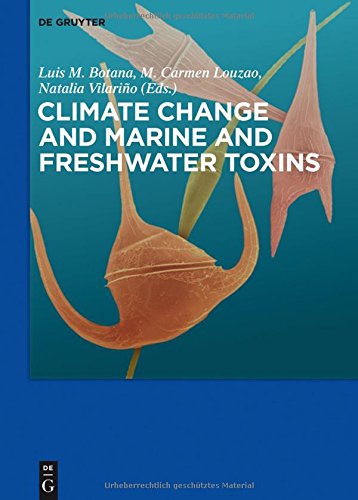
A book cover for Climate Change and Marine and Freshwater Toxins; Luis M. Botana; Medical Books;